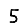
Digit: 5